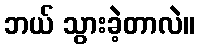
ဘယ် သွားခဲ့တာလဲ။